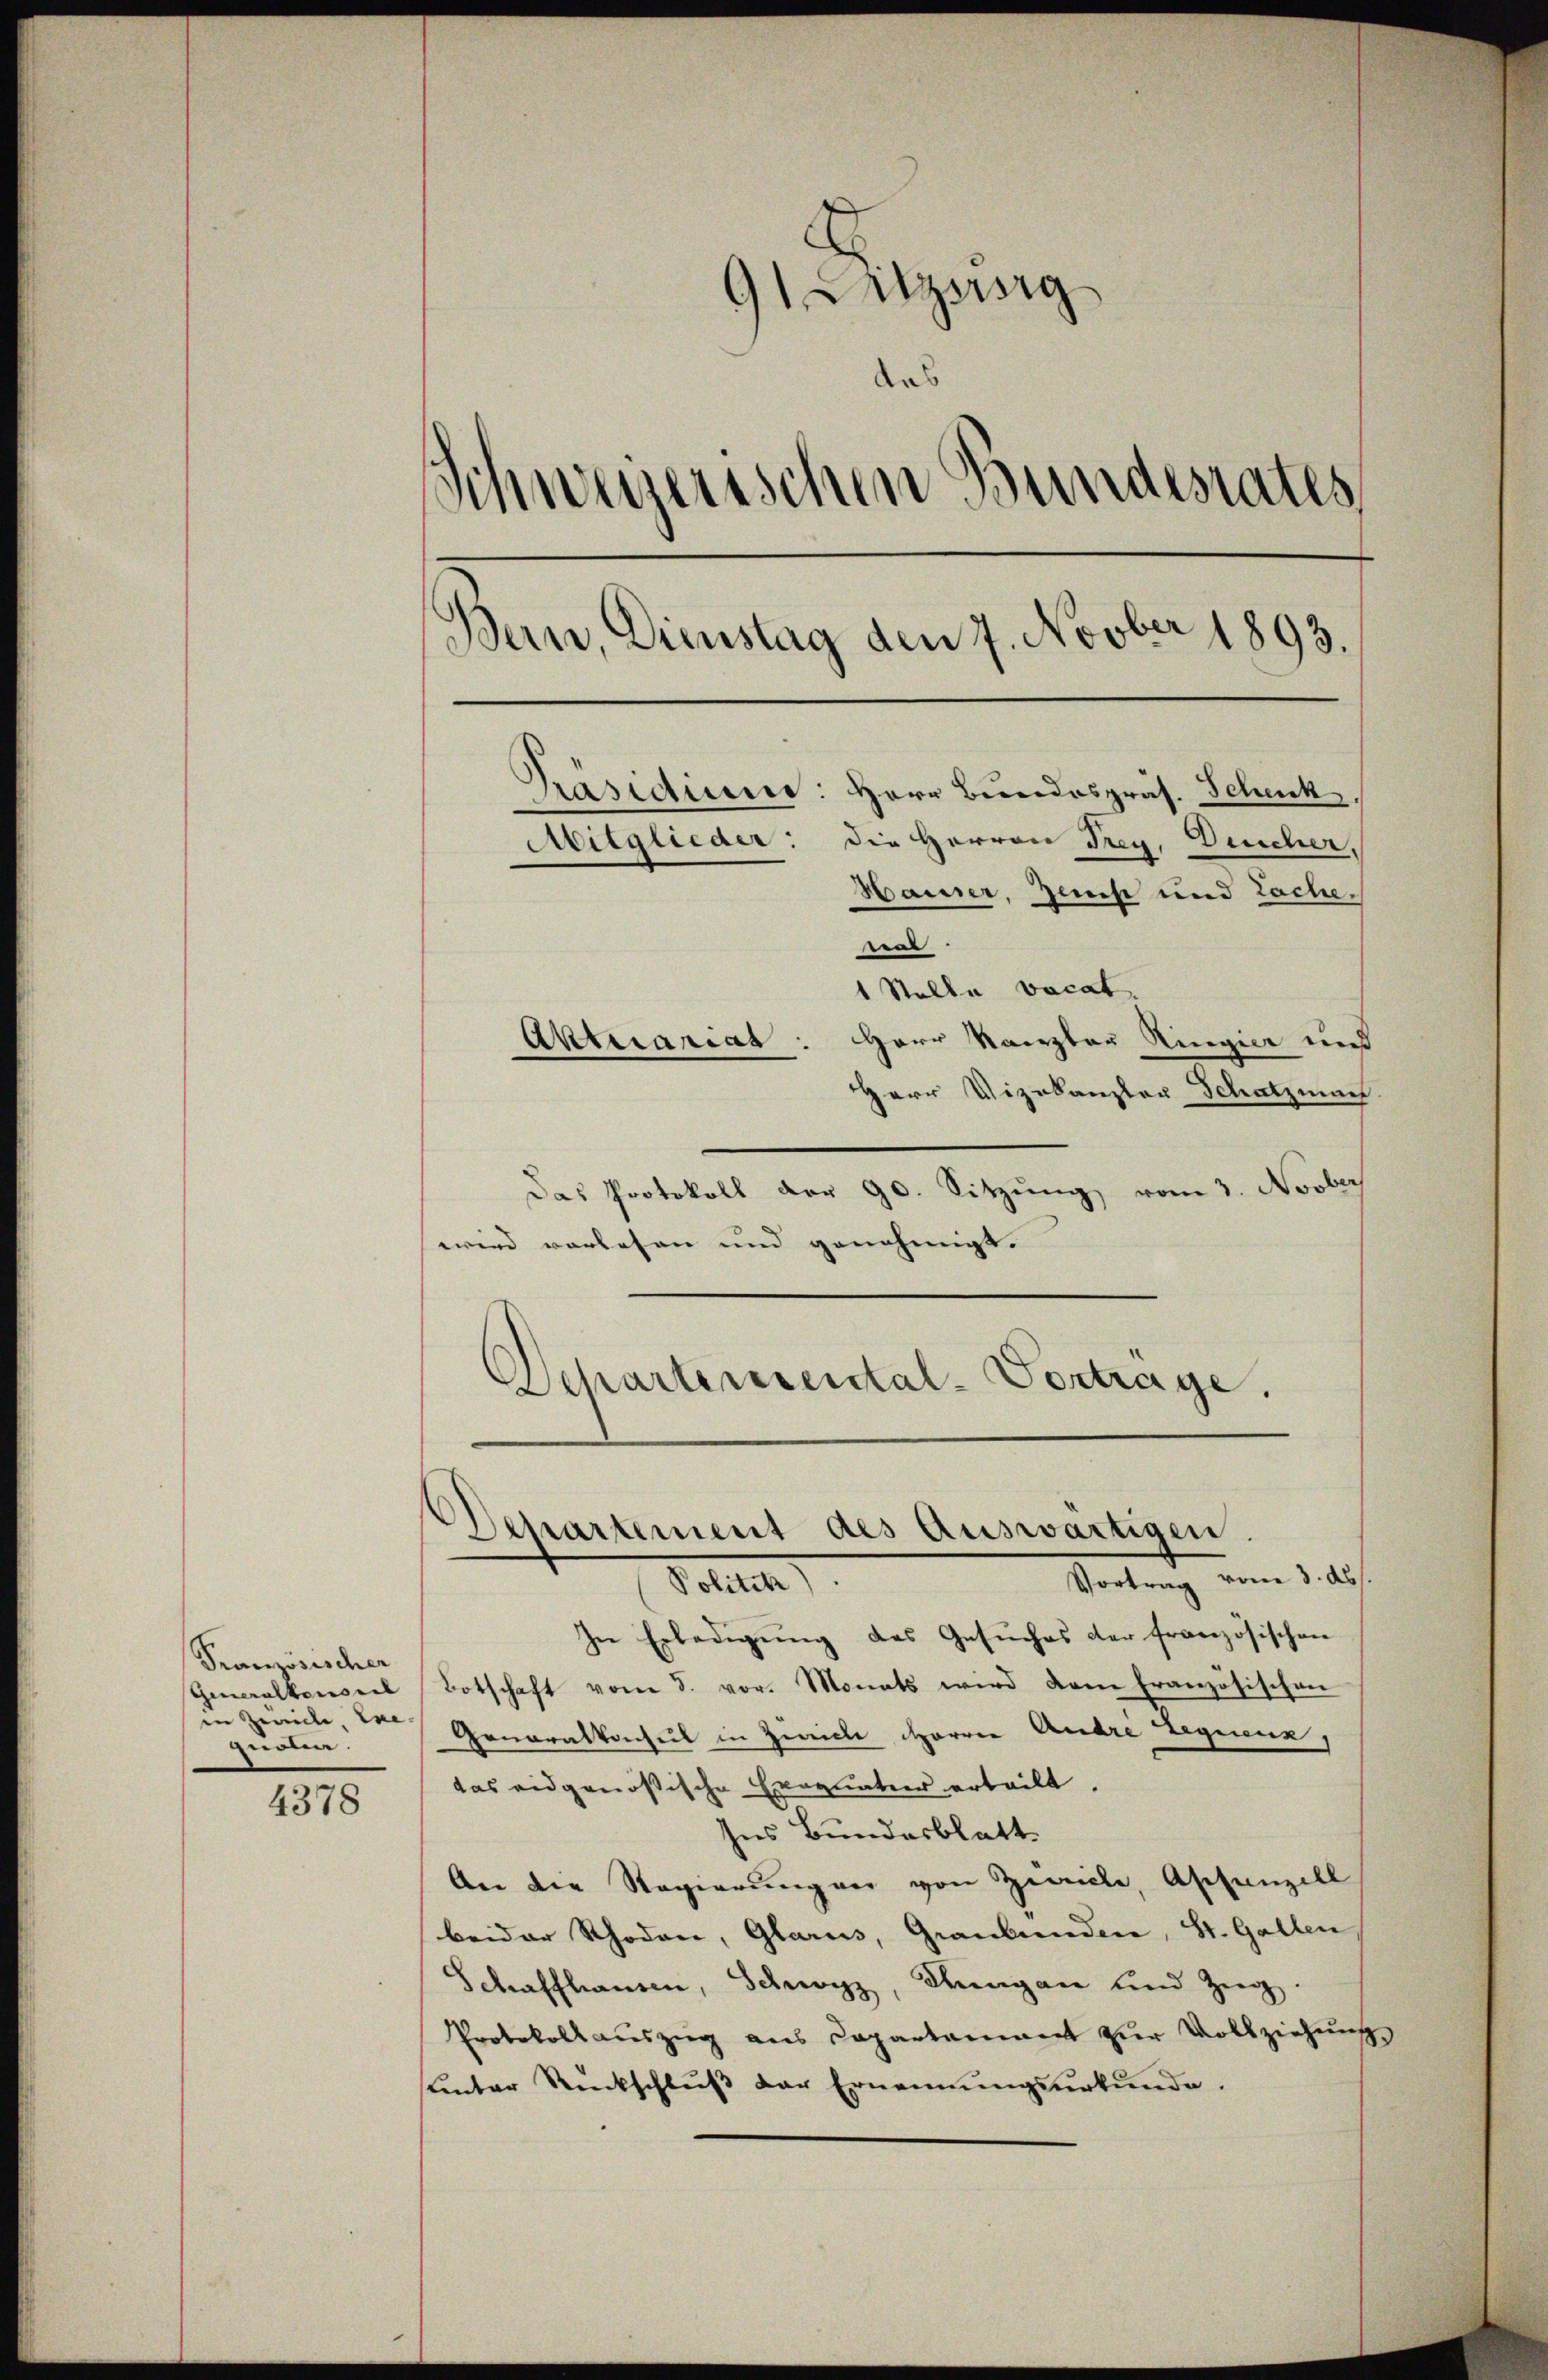
Französischer
Generalkonseil
in Zeiche Exe
quoten.

4378

itzung
das
Schweizerischen Bundesrates
Bern, Dienstag den 7. Novber 1893.
Präsidium: Herr Bundespräs. Schenk
Aitglieder: die Herren Frey, Deucher,
Hauser, Zinse und Lache.
e
1 Stelle vocat
Aktuariat: Herr Kanzler Ringier uns
HHerr Vizekanzler Schatzmach

Das Protokoll der 90. Sitzŭng vom 3. Novber
wird vorlesen und genehmigt. |
Departerrental-Vortrage.

Departement des Auswärtigen.
Vortrag vom 3. ds.
Polten

In Erledigŭng des Gesŭches der französischen
Botschaft vom 5. vor. Monats wird dem französischen
Generalkonseil in Zwecke Herren Andre Legienz,
das eidgenößische Exequatur erteilt.
Ins Bundesblatt
An die Regierŭng vor von Zeiche, Aschanzell
beider Rhoden, Glarus, Graubünden, St. Gallen
Schaffhausen, Schwyz, Fragen und Zug.
Protokollsauszug aus Capartament zur Vollziehung
ŭnter Rückschlŭβ der Ernennŭngsŭrkŭnde.